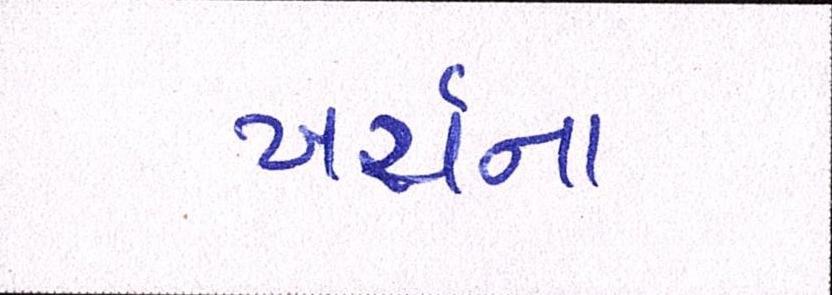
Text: ખર્ચના